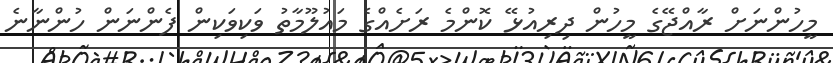
މީހުންނަށް ރާއްޖޭގެ މީހުން ދިރިއުޅޭ ކޮންމެ ރަށެއްގެ މައުލޫމާތު ވަކިވަކިން ފެންނަން ހުންނާނެ